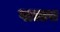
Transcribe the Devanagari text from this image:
पालास